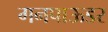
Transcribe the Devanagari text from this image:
गनपाऊडर